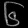
Digit: ၆